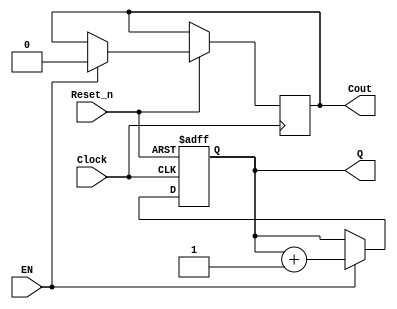
module counter (EN,Clock,Reset_n,Q,Cout);
		parameter n = 4;
		parameter k = 67108863;
		input EN,Clock, Reset_n;
		output [n-1:0] Q;
		reg [n-1:0] Q;
		output Cout;
		reg Cout;
		always @(posedge Clock or negedge Reset_n)
			begin
				if (!Reset_n)
					Q <= 1'd0;
				else
					if(Q == k -1)
					begin
						Q <= 1'd0;
						Cout <= 1'd1;
					end
					else
						if(EN)
						begin
							Q <= Q + 1'b1;
							Cout <= 1'd0;
						end
			end
endmodule